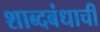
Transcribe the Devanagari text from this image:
शाब्दबंधाची